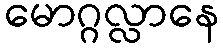
မောဂ္ဂလ္လာနေ